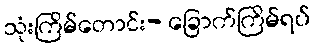
သုံးကြိမ်တောင်း- ခြောက်ကြိမ်ရပ်